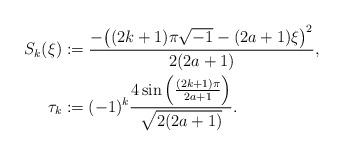
LaTeX: \begin{align*} S_{k}(\xi) &:= \frac{-\bigl((2k+1)\pi\sqrt{-1}-(2a+1)\xi\bigr)^2}{2(2a+1)}, \\ \tau_{k} &:= (-1)^{k} \frac{4\sin\left(\frac{(2k+1)\pi}{2a+1}\right)}{\sqrt{2(2a+1)}}. \end{align*}